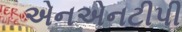
એનએનટીપી